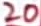
Text: 20